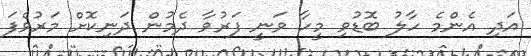
އަދި އެންމެ ހާލު ބޮޑުވި މީހާ ވަނީ ފަރުވާ ދެމުން ދަނިކޮށް މަރުވެފަ